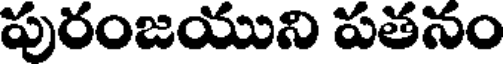
పురంజయుని పతనం